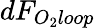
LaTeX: dF_{O_{2}loop}